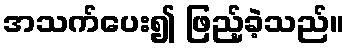
အသက်ပေး၍ ဖြည့်ခဲ့သည်။